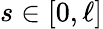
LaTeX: s\in[0,\ell]